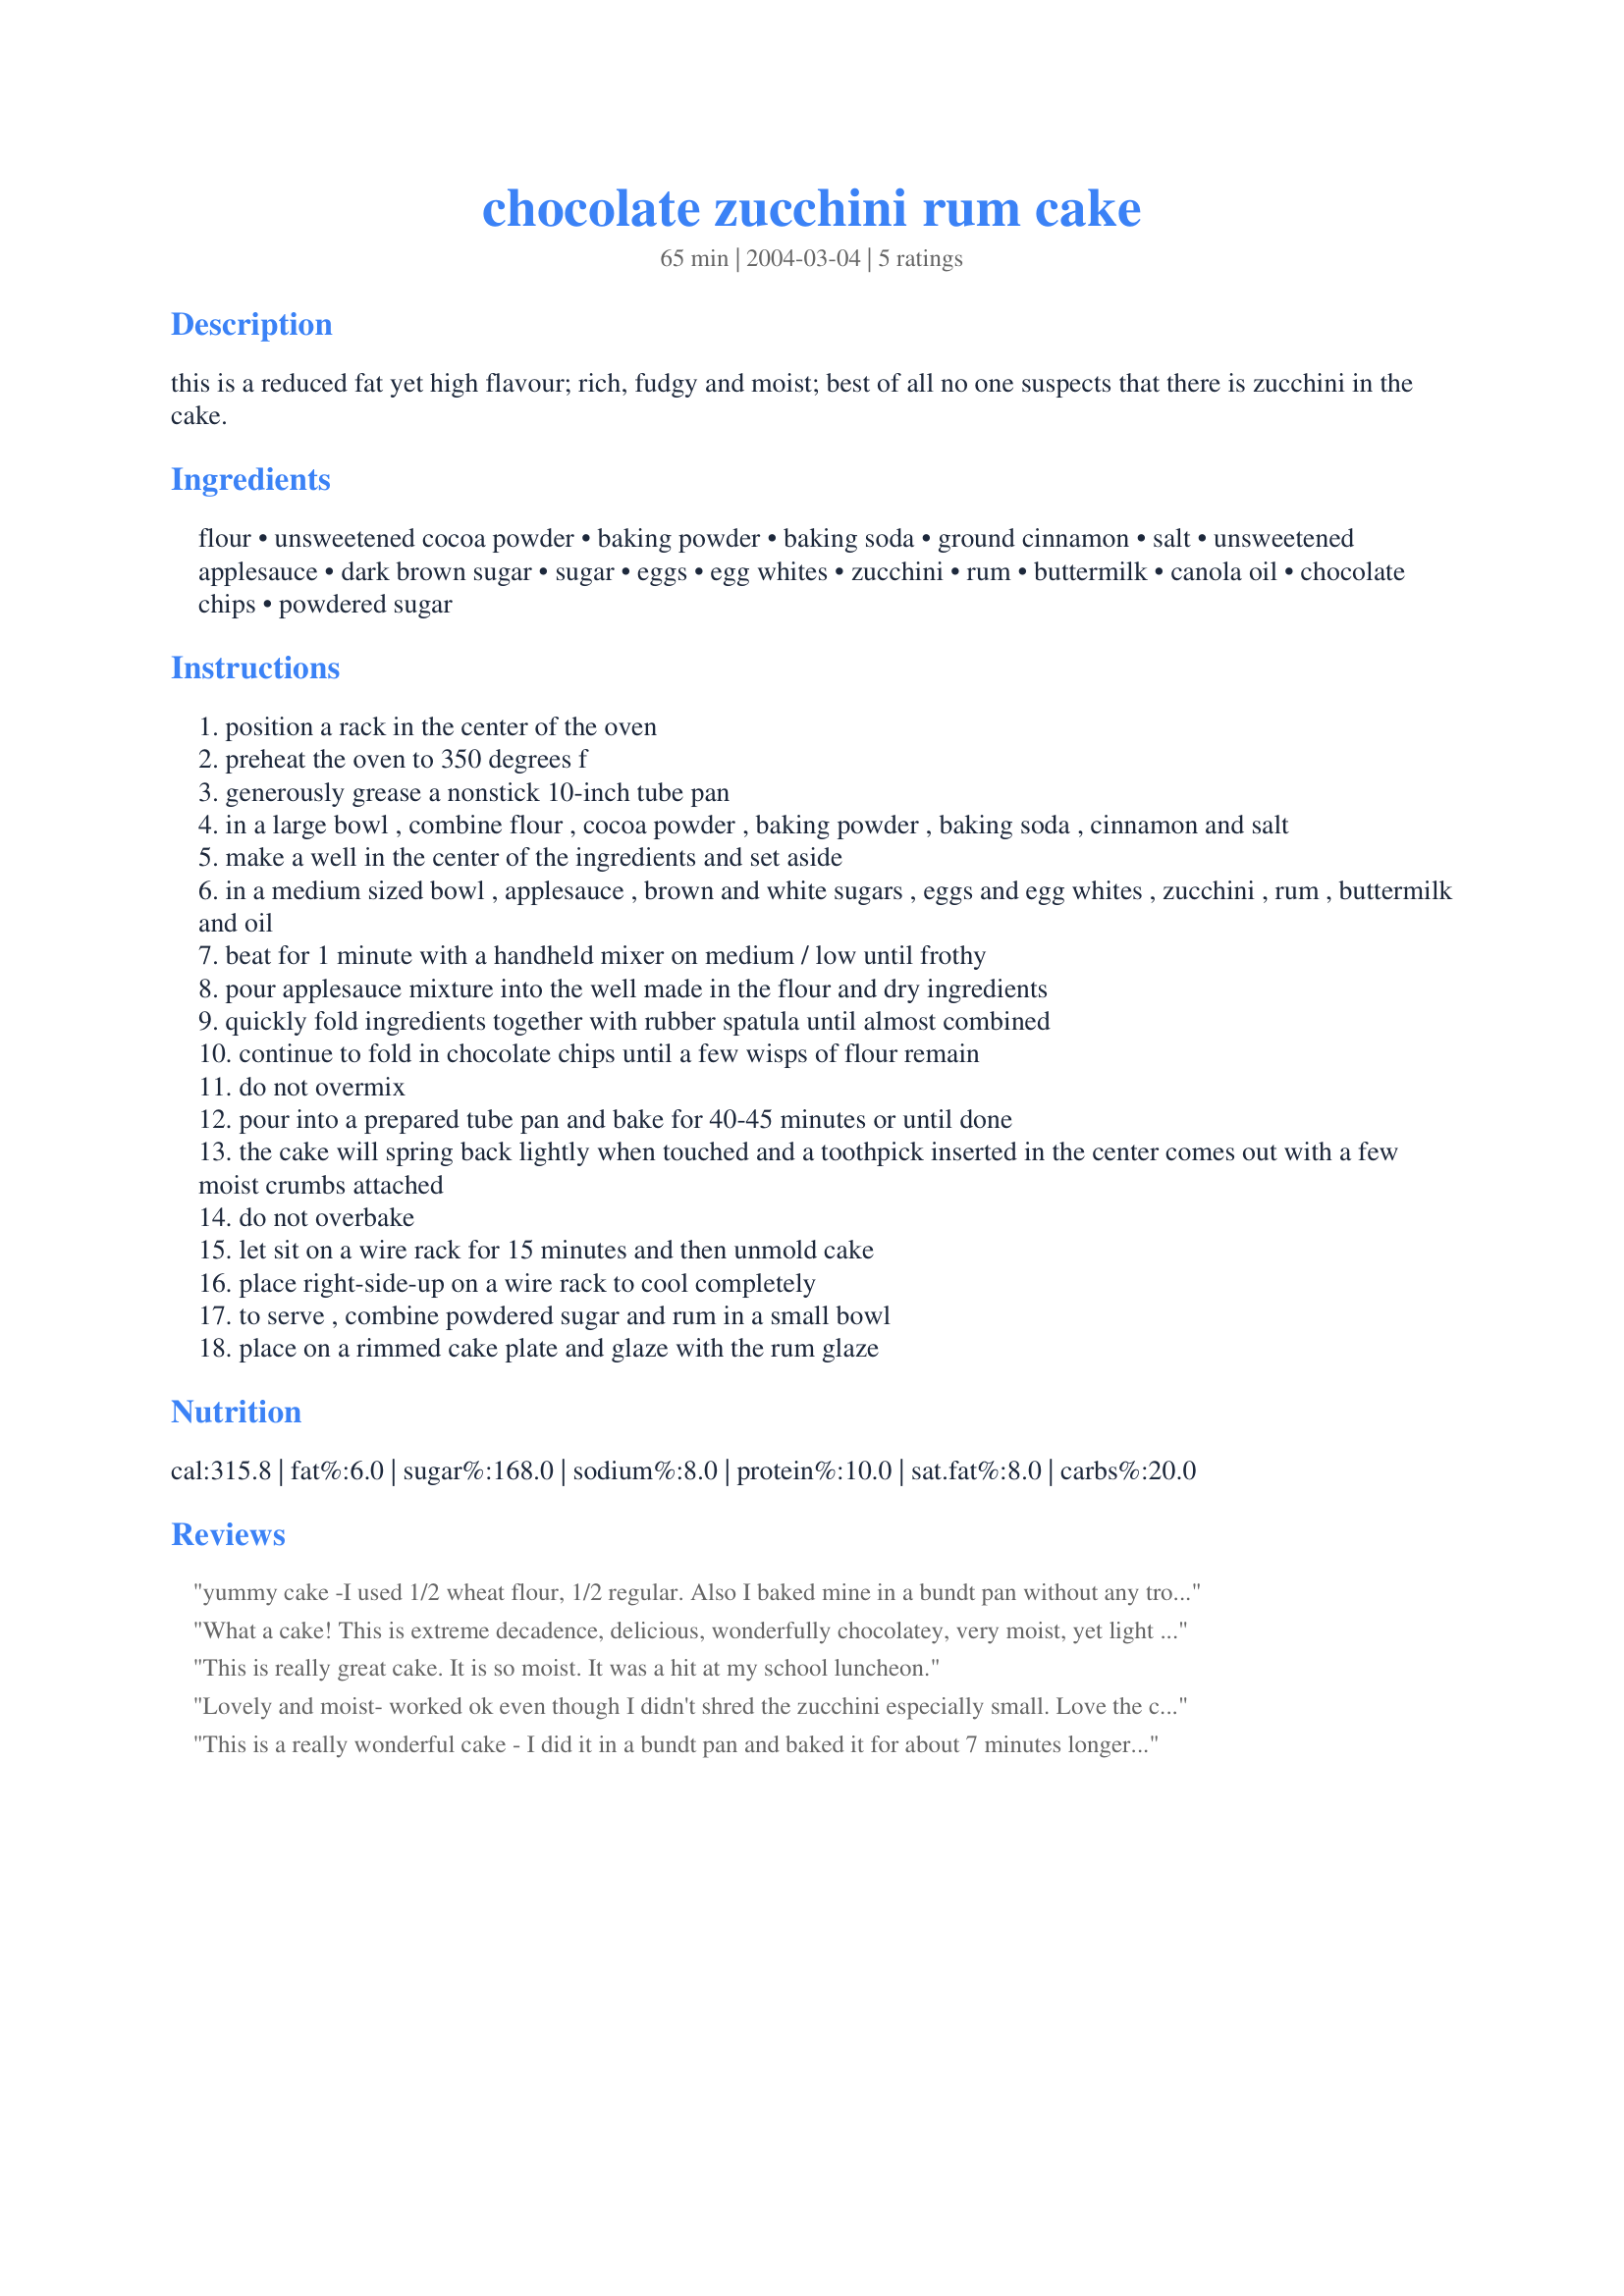
chocolate zucchini rum cake
Preparation time: 65 minutes

this is a reduced fat yet high flavour; rich, fudgy and moist; best of all no one suspects that there is zucchini in the cake.

Ingredients:
flour, unsweetened cocoa powder, baking powder, baking soda, ground cinnamon, salt, unsweetened applesauce, dark brown sugar, sugar, eggs, egg whites, zucchini, rum, buttermilk, canola oil, chocolate chips, powdered sugar

Steps:
position a rack in the center of the oven
preheat the oven to 350 degrees f
generously grease a nonstick 10-inch tube pan
in a large bowl , combine flour , cocoa powder , baking powder , baking soda , cinnamon and salt
make a well in the center of the ingredients and set aside
in a medium sized bowl , applesauce , brown and white sugars , eggs and egg whites , zucchini , rum , buttermilk and oil
beat for 1 minute with a handheld mixer on medium / low until frothy
pour applesauce mixture into the well made in the flour and dry ingredients
quickly fold ingredients together with rubber spatula until almost combined
continue to fold in chocolate chips until a few wisps of flour remain
do not overmix
pour into a prepared tube pan and bake for 40-45 minutes or until done
the cake will spring back lightly when touched and a toothpick inserted in the center comes out with a few moist crumbs attached
do not overbake
let sit on a wire rack for 15 minutes and then unmold cake
place right-side-up on a wire rack to cool completely
to serve , combine powdered sugar and rum in a small bowl
place on a rimmed cake plate and glaze with the rum glaze

Reviews:
yummy cake -I used 1/2 wheat flour, 1/2 regular. Also I baked mine in a bundt pan without any trouble...lthough a tester at 45 minutes came out clean after several pokes, it was a little undercooked yet, so next time I'll bake a tad longer. Great flavors, it blended well, presented well - and people liked it!
What a cake! This is extreme decadence, delicious, wonderfully chocolatey, very moist, yet light in texture. The batter was very thin, and, although the cake tested done, one side of it couldn't quite hold itself upright (unless that was the brandy, cuz I couldn't quite hold myself upright either after I finished preparing this and making sure the brandy was just right...) enough already! ;=)

Great instructions, Momma Loon, baked about 47-8 minutes, love the chocolate chips too, and the brandy flavour was quite apparent. Thank you for posting, glad to have this recipe.
This is really great cake. It is so moist. It was a hit at my school luncheon.
Lovely and moist- worked ok even though I didn't shred the zucchini especially small. Love the chocolate chips! Wish it had a little more rum flavor... but can't complain.
This is a really wonderful cake - I did it in a bundt pan and baked it for about 7 minutes longer. I also used 100proof rum. This has become my husbands favorite chocolate cake. I ground my zucchini in the food processor because my shredding blade is broken - it came out just fine.
